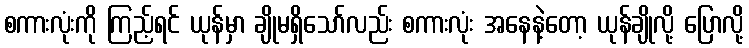
စကားလုံးကို ကြည့်ရင် ယုန်မှာ ချိုမရှိသော်လည်း စကားလုံး အနေနဲ့တော့ ယုန်ချိုလို့ ပြောလို့